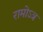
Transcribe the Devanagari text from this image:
रामोऽत्र